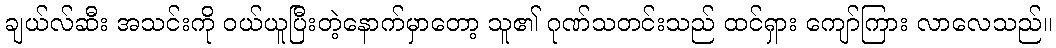
ချယ်လ်ဆီး အသင်းကို ဝယ်ယူပြီးတဲ့နောက်မှာတော့ သူ၏ ဂုဏ်သတင်းသည် ထင်ရှား ကျော်ကြား လာလေသည်။